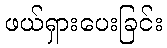
ဖယ်ရှားပေးခြင်း